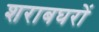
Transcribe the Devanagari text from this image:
शराबघरों